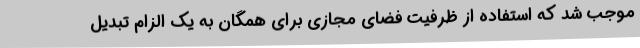
موجب شد که استفاده از ظرفیت فضای مجازی برای همگان به یک الزام تبدیل